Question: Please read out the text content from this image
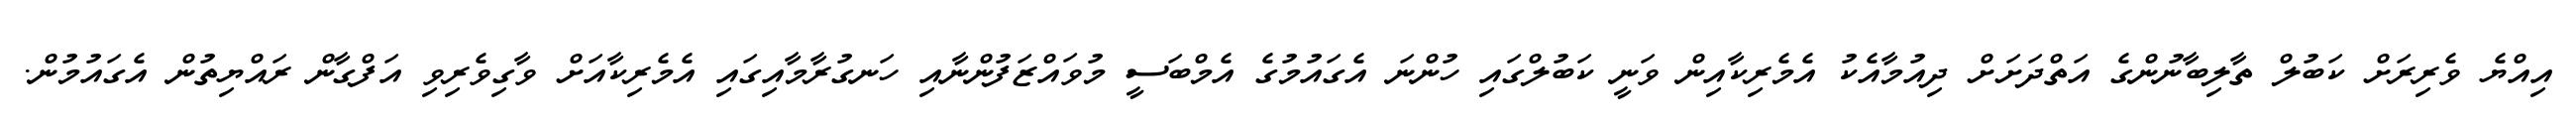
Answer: އިއްޔެ ވެރިރަށް ކަބުލް ތާލިބާނުންގެ އަތްދަށަށް ދިއުމާއެކު އެމެރިކާއިން ވަނީ ކަބުލްގައި ހުންނަ އެގައުމުގެ އެމްބަސީ މުވައްޒަފުންނާއި ހަނގުރާމާއިގައި އެމެރިކާއަށް ވާގިވެރިވި އަފްގާން ރައްޔިތުން އެގައުމުން.